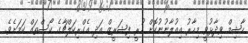
ހާޝިމް ވިދާޅުވީ މިހާރު އިއުލާނުނުކޮށް ހުރީ ފިޝަރީޒް އަދި އެގްރިކަލްޗާގެ ކޯސްތައް ކަމަށެވެ.